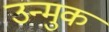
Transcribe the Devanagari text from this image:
उन्मुक